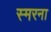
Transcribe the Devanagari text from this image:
स्मरना